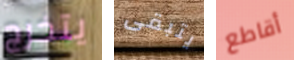
يتخرج يتبقى أقاطع